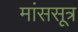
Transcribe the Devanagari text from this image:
मांससूत्र